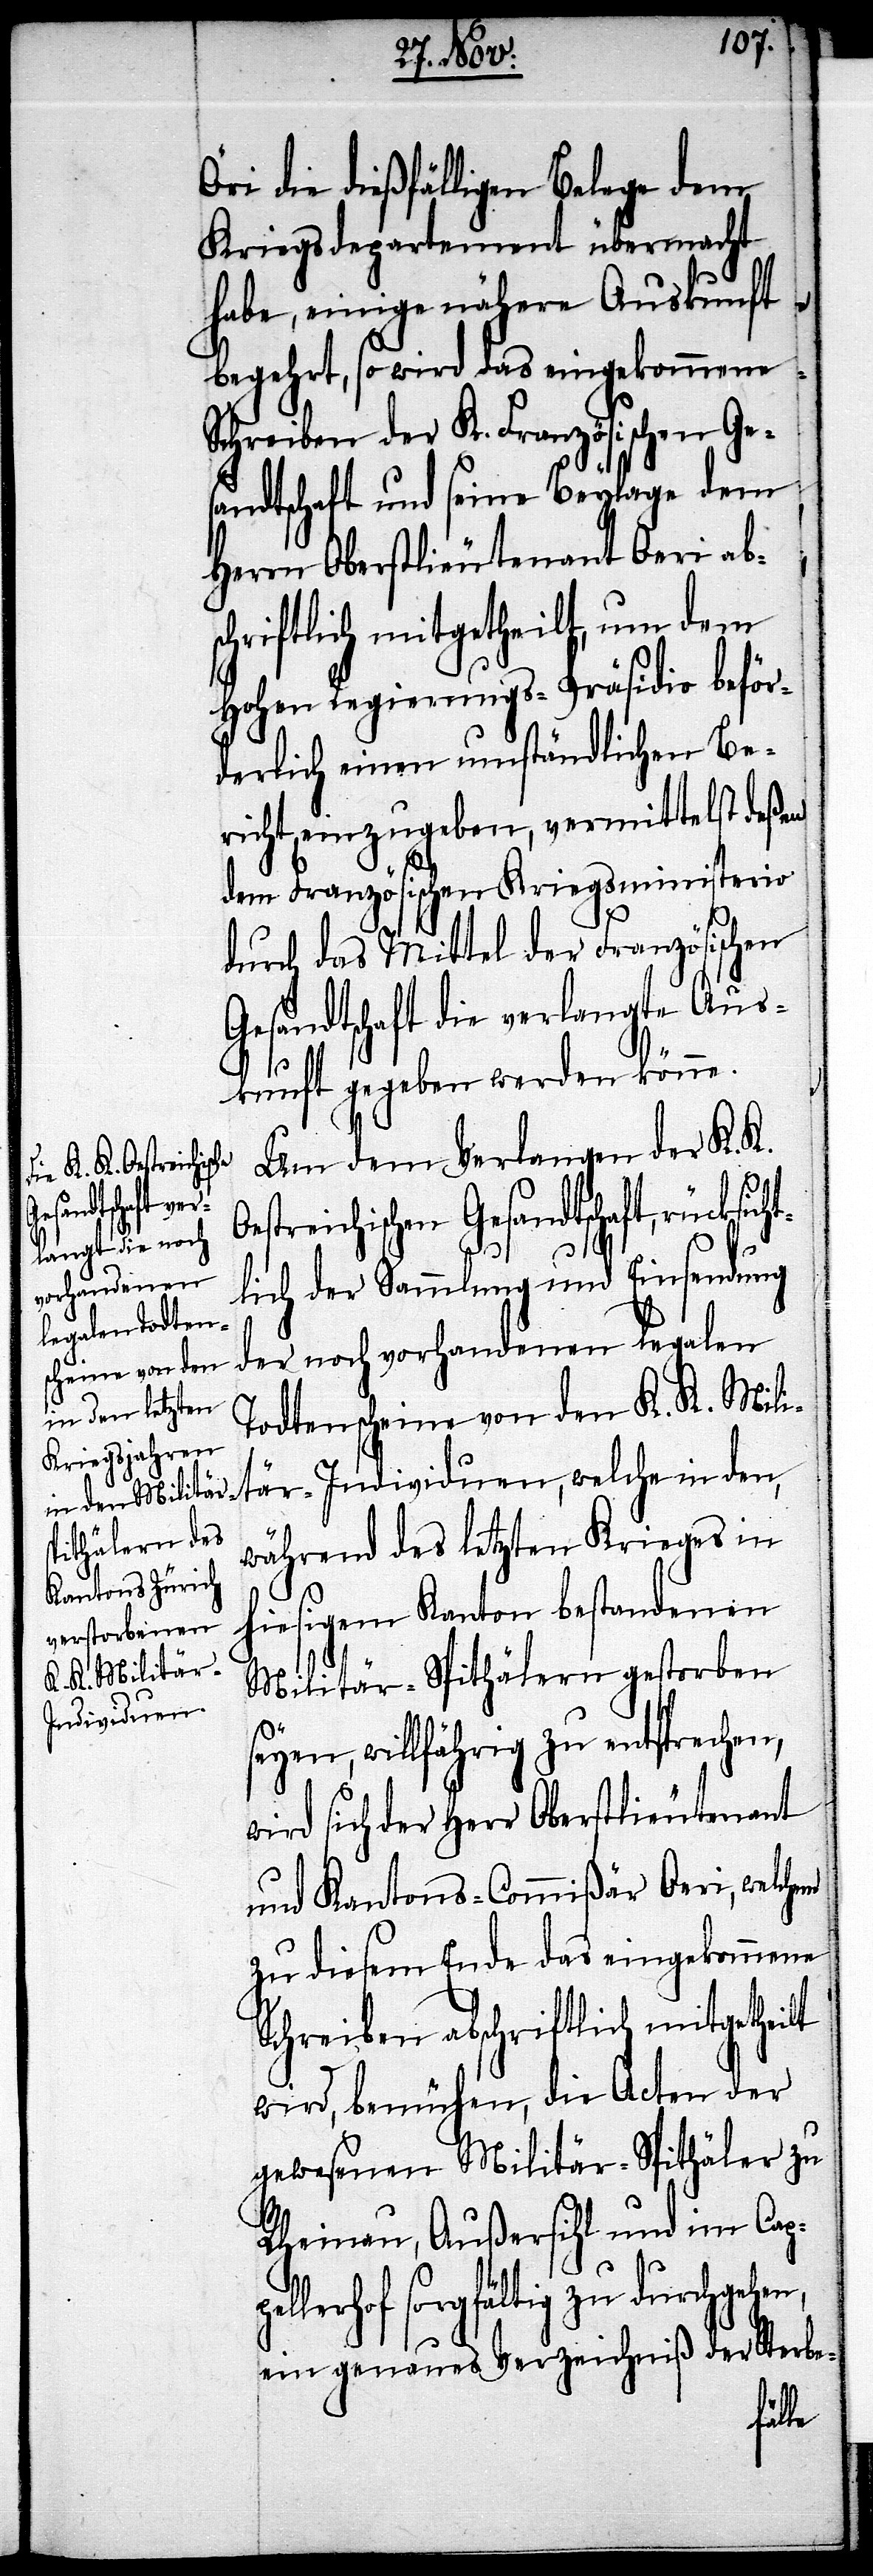
Öri die dießfälligen Belege dem
Kriegsdepartement übermacht
habe, einige nähere Auskunft
begehrt, so wird das eingekommene
Schreiben der K. Französischen Ge¬
sandtschaft und seine Beylage dem
Herrn Oberstlieutenant Oeri ab¬
schriftlich mitgetheilt, um dem
hohen Regierungs-Präsidio beför¬
derlich einen umständlichen Be¬
richt einzugeben, vermittelst deßen
dem Französischen Kriegsministerio
durch das Mittel der Französischen
Gesandtschaft die verlangte Aus¬
kunft gegeben werden könne.
Um dem Verlangen der K. K.
t¬
Oestreichischen Gesandtschaft, rücksich¬
lich der Sammlung und Einsendung
der noch vorhandenen legalen
Todtenscheine von dem K. K. Milit¬
är-Individuen, welche in den,
während des letzten Krieges in
hiesigem Kanton bestandenen
Militär-Spithälern gestorben
seyen, willfährig zu entsprechen,
wird sich der Herr Oberstlieutenant
und Kantons-Commißär Oeri, welchem
zu diesem Ende das eingekommene
Schreiben abschriftlich mitgetheilt
wird, bemühen, die Acten der
gewesenen Militär-Spithäler zu
Rheinau, Außersihl und im Cap¬
lerhof sorgfältig zu durchgehen,
ein genaues Verzeichniß der Sterbe-
pel¬